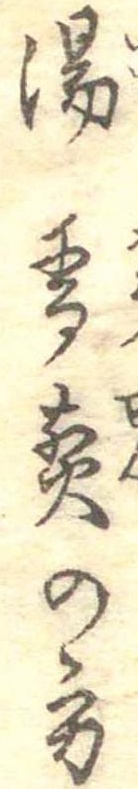
湯香煎の方